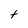
Character: t